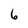
Character: 6